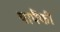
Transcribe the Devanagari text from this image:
यापैंकी